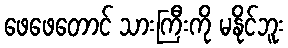
ဖေဖေတောင် သားကြီးကို မနိုင်ဘူး